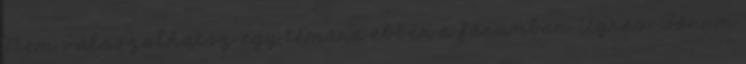
Nem válaszolhatsz egy témára ebben a fórumban. Ugrás: Fórum